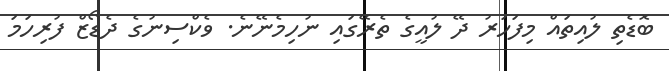
ބޮޑެތި ލުއިތައް މިފަހަރު ދޭ ލުއީގެ ތެރޭގައި ނުހިމެނޭނެ. ވެކްސިނުގެ ދެޑޯޒް ފުރިހަމަ